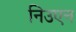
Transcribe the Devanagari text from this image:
निउएन